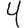
Digit: 4